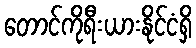
တောင်ကိုရီးယားနိုင်ငံရှိ